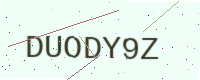
Text: DUODY9Z